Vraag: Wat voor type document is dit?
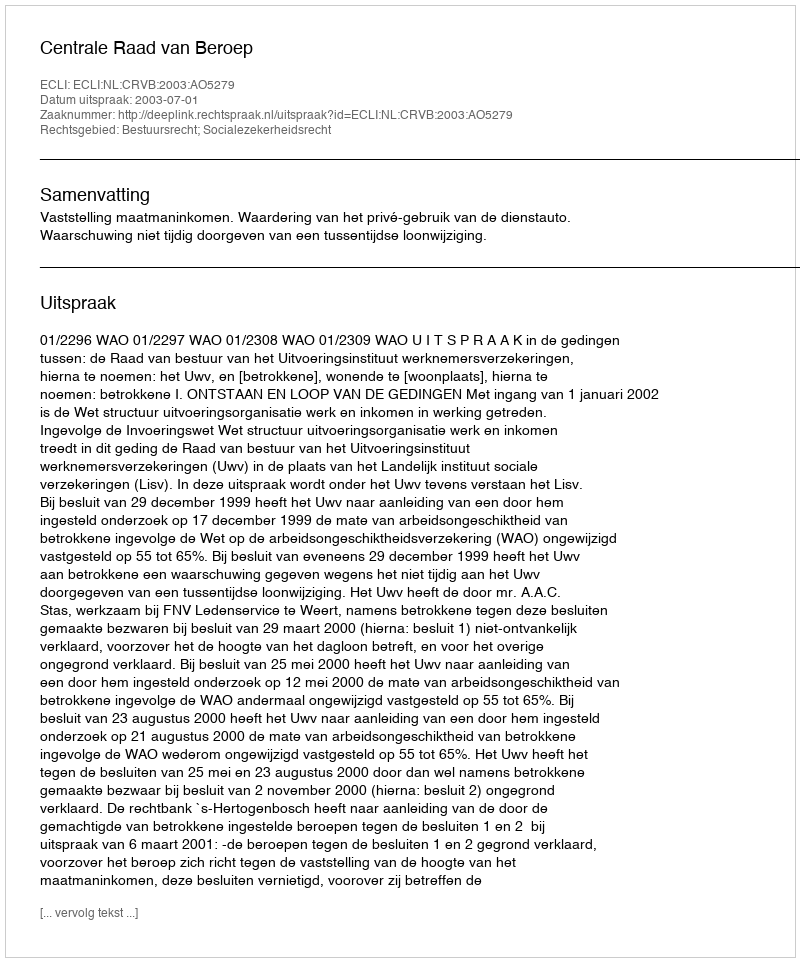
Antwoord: Uitspraak